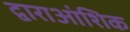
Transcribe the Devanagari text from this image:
द्वाराआंशिक